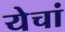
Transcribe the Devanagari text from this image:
येचां